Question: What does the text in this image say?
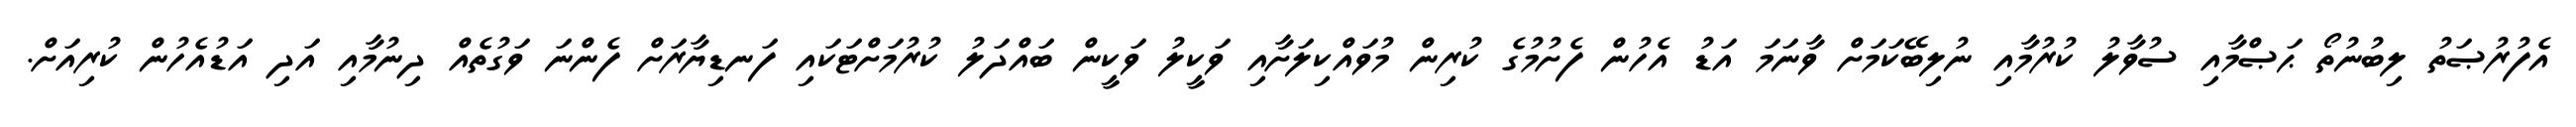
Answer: އެފުރުޞަތު ލިބުނުތޯ ޙަޞްމާއި ސުވާލު ކުރުމާއި ނުލިބޭކަމަށް ވާނަމަ އަޑު އެހުން ފެށުމުގެ ކުރިން މުވައްކިލަށާއި ވަކީލު ވަކީން ބައްދަލު ކުރުމަށްޓަކައި ފަނޑިޔާރަށް ފެންނަ ވަގުތެއް ދިނުމާއި އަދި އަޑުއެހުން ކުރިއަށް.